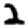
Digit: 2